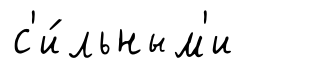
с'и́льным'и